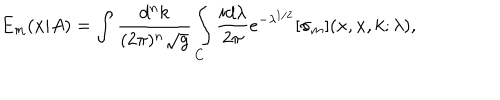
E _ { m } ( x | A ) = \int \frac { d ^ { n } k } { ( 2 \pi ) ^ { n } \sqrt { g } } \int _ { C } \frac { i d \lambda } { 2 \pi } e ^ { - \lambda ^ { 1 / 2 } } [ \sigma _ { m } ] ( x , x , k ; \lambda ) ,